Veterinary regulations India, 1939 -
Year: 1939
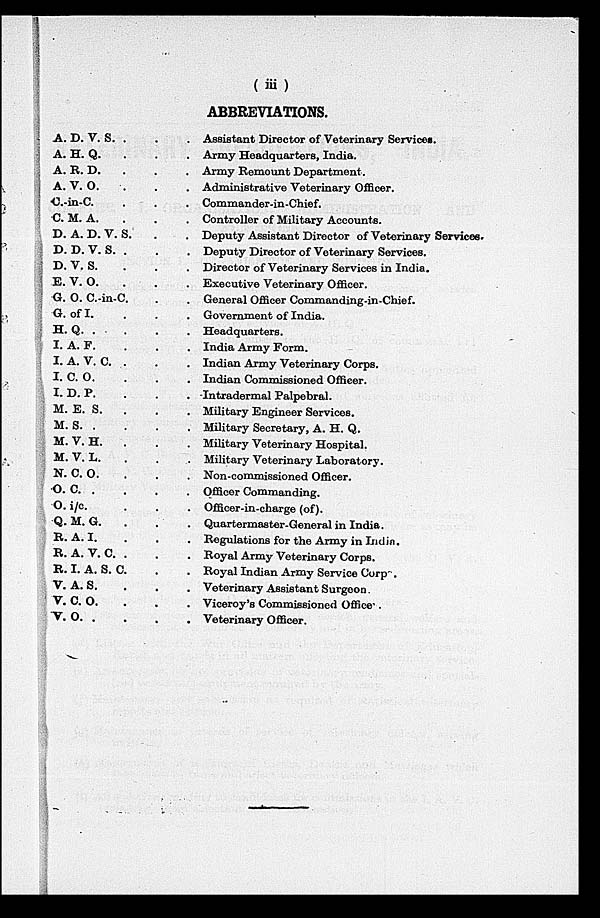
(iii)
ABBREVIATIONS.
A. D. V. S.
...
A. H. Q. ...
A. B. D. ...
A. V. O. ...
C.-in-C. ...
C. M. A. ...
D. A. D. V. S...
D. D.V. S. ...
D. V. S. ...
E. V. O. ...
G. O. C.-in-C...
G. of I. ...
H. Q. ...
I. A. F...
I. A. V. C. ...
I. C. O. ...
I. D. P...
M. E. S. ...
M. S. ...
M. V. H. ...
M. V. L. ...
N. C. O. ...
O. C. ...
O. i/c. ...
Q. M. G. ...
R. A. I...
R. A. V. C. ...
R. I. A. S. C...
V. A. S...
V. C. O. ...
V. O. .
...
Assistant Director of Veterinary Services.
Army Headquarters, India.
Army Remount Department.
Administrative Veterinary Officer.
Commander-in-Chief.
Controller of Military Accounts.
Deputy Assistant Director of Veterinary Services.
Deputy Director of Veterinary Services.
Director of Veterinary Services in India.
Executive Veterinary Officer.
General Officer Commanding-in-Chief.
Government of India.
Headquarters.
India Army Form.
Indian Army Veterinary Corps.
Indian Commissioned Officer.
Intradermal Palpebral.
Military Engineer Services.
Military Secretary, A. H. Q.
Military Veterinary Hospital.
Military Veterinary Laboratory.
Non-commissioned Officer.
Officer Commanding.
Officer-in-charge (of).
Quartermaster-General in India.
Regulations for the Army in Indin.
Royal Army Veterinary Corps.
Royal Indian Army Service Corp .
Veterinary Assistant Surgeon
Viceroy's Commissioned Office .
Veterinary Officer.